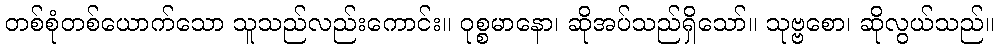
တစ်စုံတစ်ယောက်သော သူသည်လည်းကောင်း။ ဝုစ္စမာနော၊ ဆိုအပ်သည်ရှိသော်။ သုဗ္ဗစော၊ ဆိုလွယ်သည်။